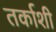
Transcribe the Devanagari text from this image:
तर्काशी